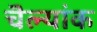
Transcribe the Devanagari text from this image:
चॆल्यांक